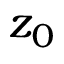
z _ { 0 }